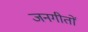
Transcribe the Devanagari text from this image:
जनगीतों